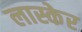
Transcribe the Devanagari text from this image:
लास्केर